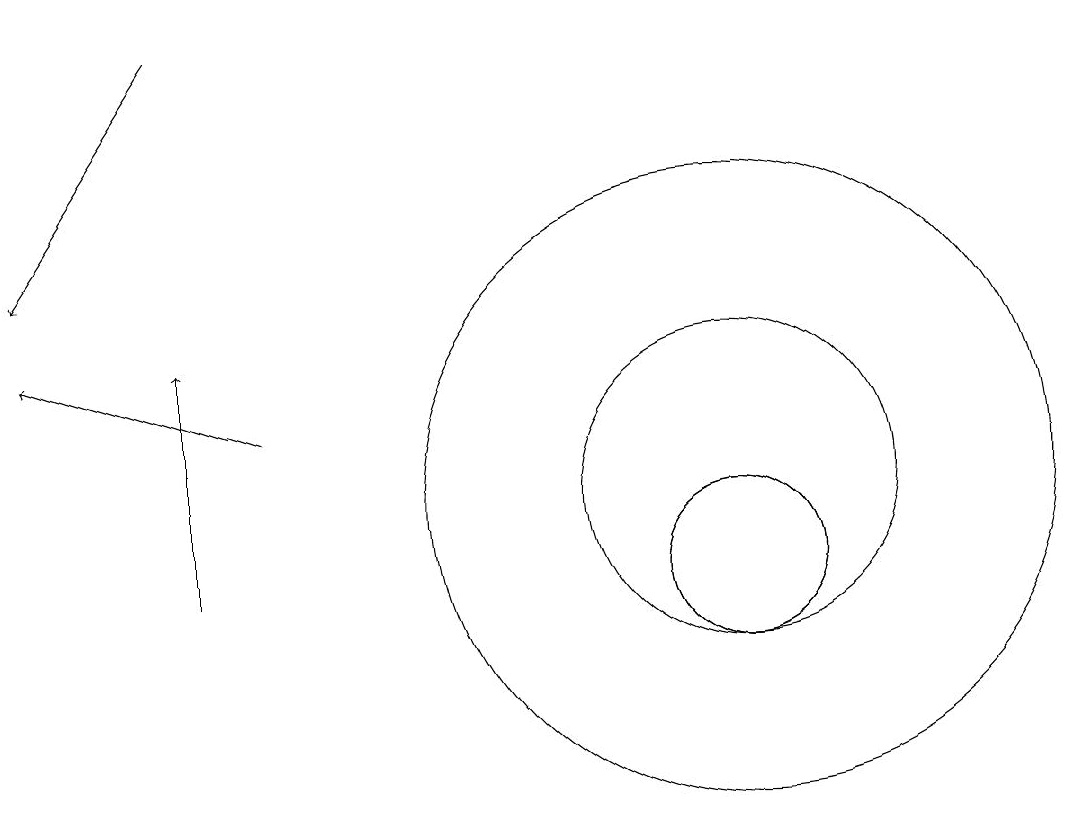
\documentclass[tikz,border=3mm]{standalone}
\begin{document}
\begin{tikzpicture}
\draw (10,10) circle (1);
\draw (10,10) circle (1);
\draw[->] (3,17) -- (1,14);
\draw[->] (3,10) -- (3,13);
\draw[->] (4,12) -- (1,13);
\draw (10,11) circle (2);
\draw (10,11) circle (4);
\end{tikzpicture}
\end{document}